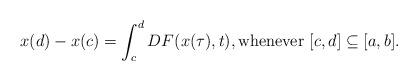
LaTeX: \begin{align*}x(d)-x(c)=\int_{c}^{d}DF(x(\tau),t), \textnormal{whenever $[c,d] \subseteq [a,b]$}.\end{align*}